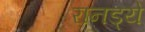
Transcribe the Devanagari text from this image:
रानड्ये